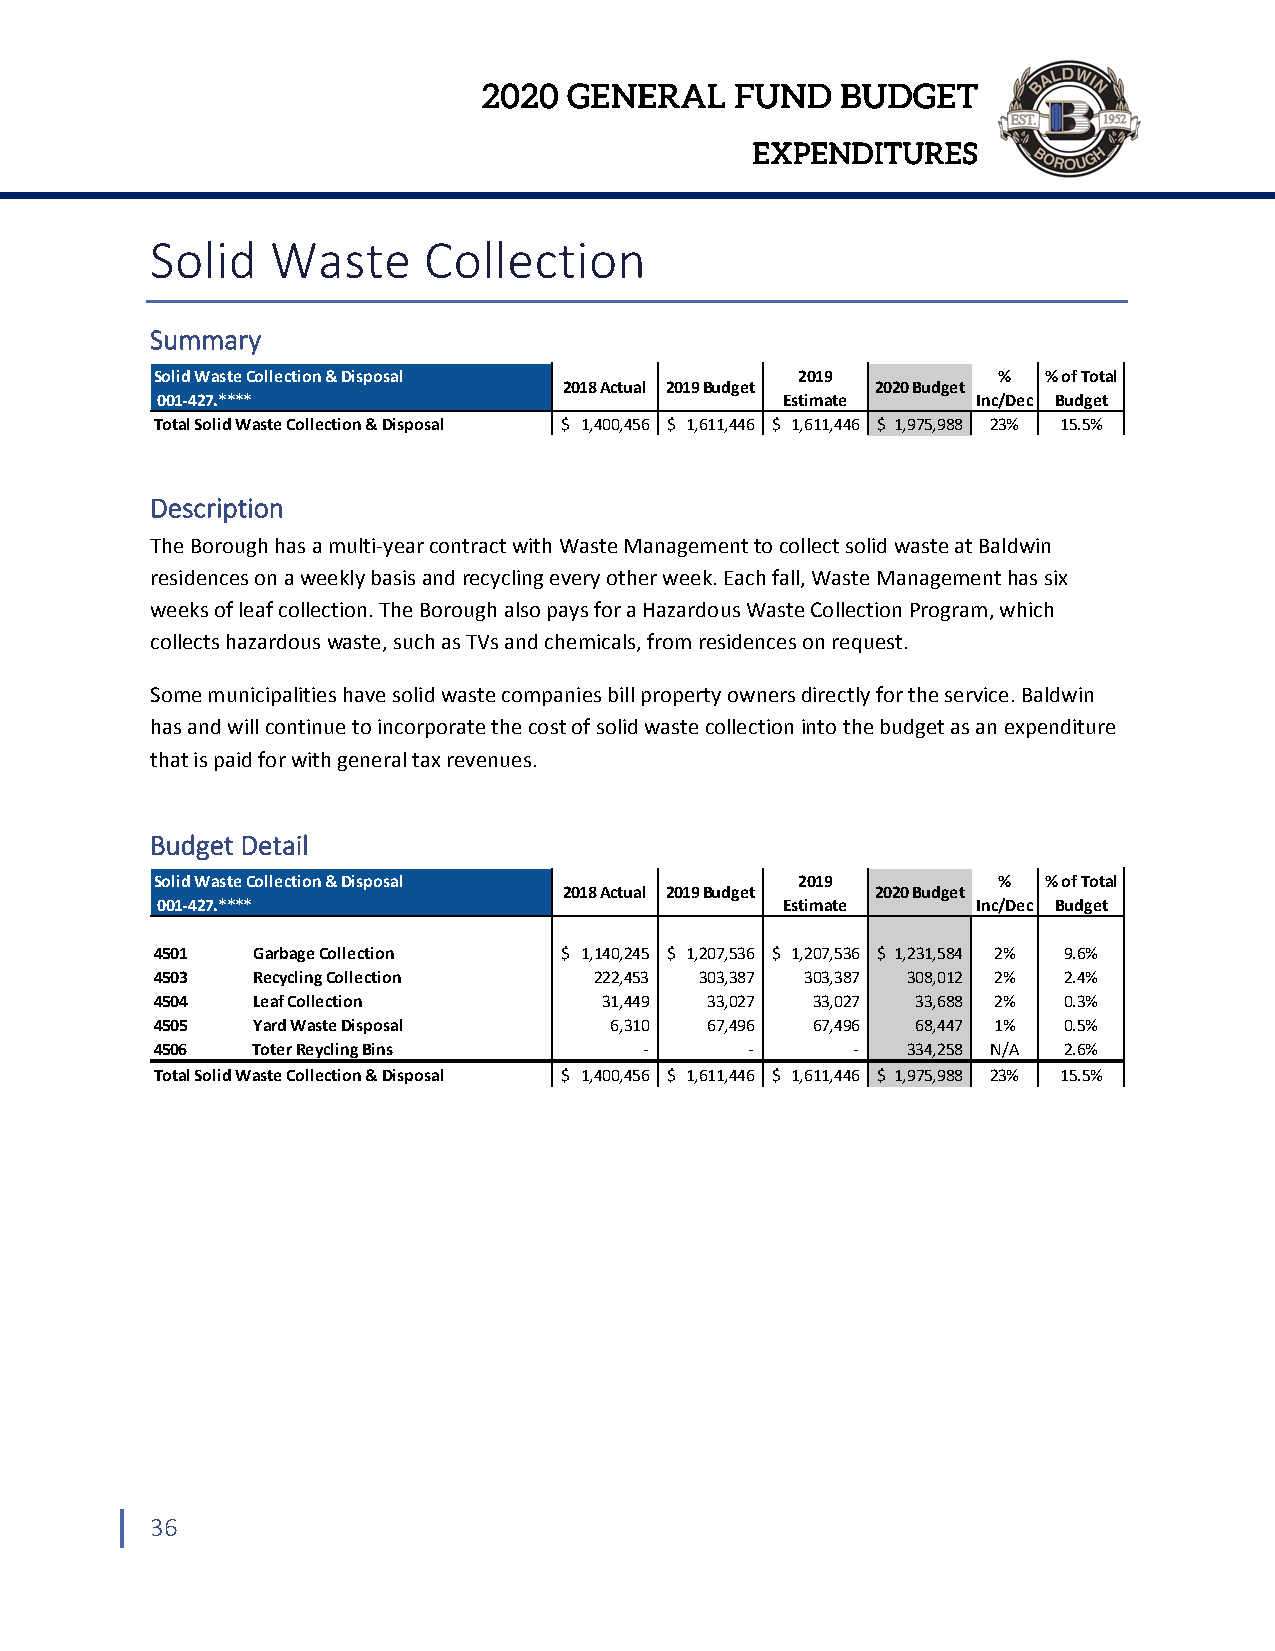
2020  GENERAL    FUND   BUDGET
 EXPENDITURES
 Solid   Waste     Collection
 Summary
 Solid Waste Collection & Disposal          2019         %  % of Total
 2018 Actual 2019 Budget 2020 Budget
 001‐427.****                              Estimate     Inc/Dec Budget
 Total Solid Waste Collection & Disposal $ 1,400,456 $ 1,611,446 $ 1,611,446 $ 1,975,988 23% 15.5%
 Description
 The Borough has a multi‐year contract with Waste Management to collect solid waste at Baldwin
 residences on a weekly basis and recycling every other week. Each fall, Waste Management has six
 weeks of leaf collection. The Borough also pays for a Hazardous Waste Collection Program, which
 collects hazardous waste, such as TVs and chemicals, from residences on request.
 Some municipalities have solid waste companies bill property owners directly for the service. Baldwin
 has and will continue to incorporate the cost of solid waste collection into the budget as an expenditure
 that is paid for with general tax revenues.
 Budget Detail
 Solid Waste Collection & Disposal          2019         %  % of Total
 2018 Actual 2019 Budget 2020 Budget
 001‐427.****                              Estimate     Inc/Dec Budget
 4501   Garbage Collection  $ 1,140,245 $ 1,207,536 $ 1,207,536 $ 1,231,584 2% 9.6%
 4503   Recycling Collection  222,453 303,387 303,387 308,012 2% 2.4%
 4504   Leaf Collection        31,449 33,027 33,027 33,688 2% 0.3%
 4505   Yard Waste Disposal    6,310  67,496 67,496 68,447 1% 0.5%
 4506   Toter Reycling Bins       ‐      ‐     ‐   334,258 N/A 2.6%
 Total Solid Waste Collection & Disposal $ 1,400,456 $ 1,611,446 $ 1,611,446 $ 1,975,988 23% 15.5%
 36